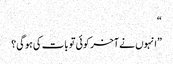
“
”انہوں نے آخر کوئی تو بات کی ہوگی؟